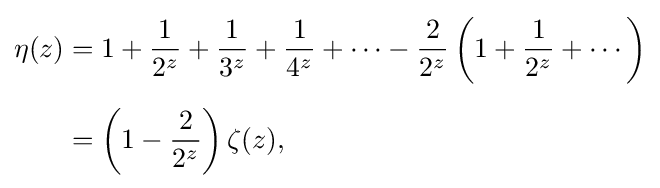
{\begin{aligned}\eta (z)&=1+{\frac {1}{2^{z}}}+{\frac {1}{3^{z}}}+{\frac {1}{4^{z}}}+\cdots -{\frac {2}{2^{z}}}\left(1+{\frac {1}{2^{z}}}+\cdots \right)\\[5pt]&=\left(1-{\frac {2}{2^{z}}}\right)\zeta (z),\end{aligned}}